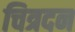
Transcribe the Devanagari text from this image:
चित्रदन